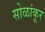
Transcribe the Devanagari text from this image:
सोळांकूर